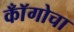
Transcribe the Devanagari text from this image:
कॉँगोचा